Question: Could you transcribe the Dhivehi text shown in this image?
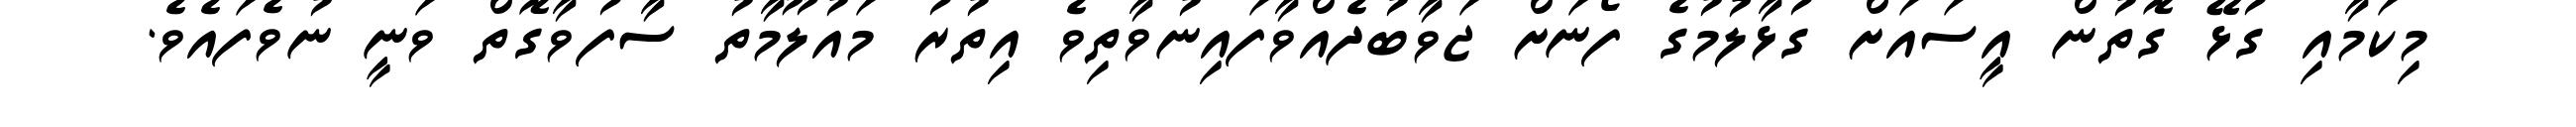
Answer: މިކަމާއި ގުޅޭ ގޮތުން އީސައަށް ގުޅާލުމުގެ ފޯނަށް ޖަވާބުދެއްވާފައިނުވާތިވެ އިތުރު މައުލޫމާތު ސާފުވާގޮތް ވަނީ ނުވެފައެވެ.